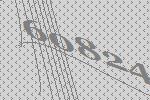
60824